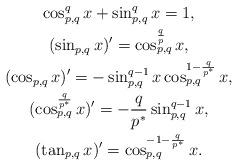
LaTeX: \begin{gather*}\cos_{p,q}^q{x}+\sin_{p,q}^q{x}=1, \\(\sin_{p,q}{x})'=\cos_{p,q}^{\frac{q}{p}}{x}, \\(\cos_{p,q}{x})'=-\sin_{p,q}^{q-1}{x}\cos_{p,q}^{1-\frac{q}{p^*}}{x}, \\(\cos_{p,q}^{\frac{q}{p^*}}{x})'=-\frac{q}{p^*}\sin_{p,q}^{q-1}{x}, \\(\tan_{p,q}{x})'=\cos_{p,q}^{-1-\frac{q}{p^*}}{x}. \end{gather*}